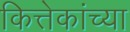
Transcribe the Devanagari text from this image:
कित्तेकांच्या